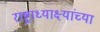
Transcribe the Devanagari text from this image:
राष्ट्राध्याक्ष्यांच्या